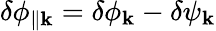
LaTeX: \delta\phi_{\parallel{\mathbf{k}}}=\delta\phi_{\mathbf{k}}-\delta\psi_{\mathbf{k}}